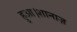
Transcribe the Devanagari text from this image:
हुआ।शानाज़